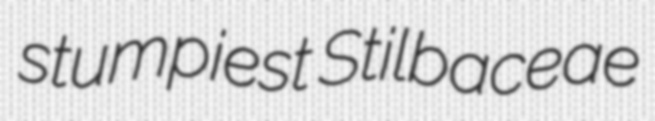
stumpiest Stilbaceae